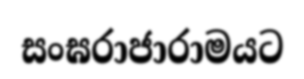
සංඝරාජාරාමයට